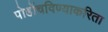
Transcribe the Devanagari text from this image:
पोहोंचविण्याकरिता